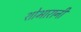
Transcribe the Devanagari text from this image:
शोभारानी